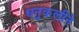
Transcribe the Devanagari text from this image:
धनुकलीने